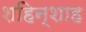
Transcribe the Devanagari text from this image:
शहिन्शाह